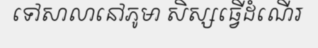
ទៅសាលានៅភូមា សិស្សធ្វើដំណើរ